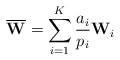
\begin{align*}\overline{\mathbf{W}}=\sum_{i=1}^K \frac{a_i}{p_i}\mathbf{W}_i\end{align*}